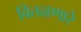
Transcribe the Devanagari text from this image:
वितळणारे